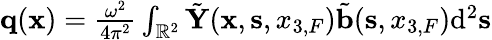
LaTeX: \begin{array}{r}{{\mathbf q}({{\mathbf x}})=\frac{\omega^{2}}{4\pi^{2}}\int_{{\mathbb{R}}^{2}}\tilde{\mathbf Y}({{\mathbf x}},{{\mathbf s}},{x_{3,F}})\tilde{\mathbf b}({{\mathbf s}},{x_{3,F}})\mathrm{d}^{2}{{\mathbf s}}}\end{array}